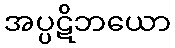
အပ္ပဋိဘယော